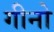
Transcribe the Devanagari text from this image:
गीनो